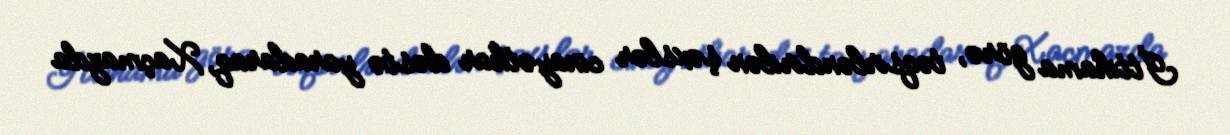
İttihama görə, təqsirləndirilən şəxslər cinayətkar dəstə yaradaraq, Xaçmazda